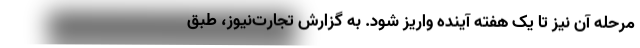
مرحله آن نیز تا یک هفته آینده واریز شود. به گزارش تجارت‌نیوز، طبق